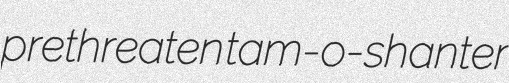
prethreaten tam-o-shanter